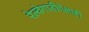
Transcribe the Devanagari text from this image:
रेल्वेगाडीपेक्षाही